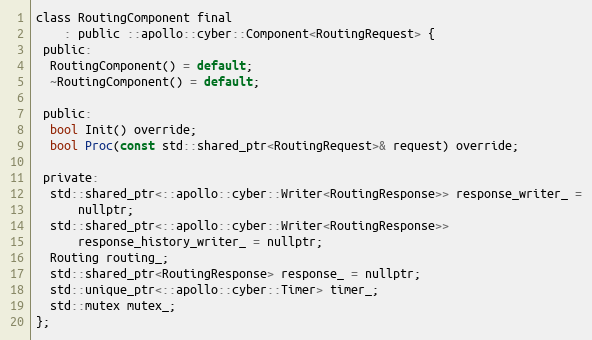
Language: C
class RoutingComponent final
    : public ::apollo::cyber::Component<RoutingRequest> {
 public:
  RoutingComponent() = default;
  ~RoutingComponent() = default;

 public:
  bool Init() override;
  bool Proc(const std::shared_ptr<RoutingRequest>& request) override;

 private:
  std::shared_ptr<::apollo::cyber::Writer<RoutingResponse>> response_writer_ =
      nullptr;
  std::shared_ptr<::apollo::cyber::Writer<RoutingResponse>>
      response_history_writer_ = nullptr;
  Routing routing_;
  std::shared_ptr<RoutingResponse> response_ = nullptr;
  std::unique_ptr<::apollo::cyber::Timer> timer_;
  std::mutex mutex_;
};